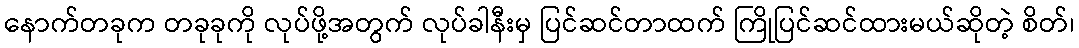
နောက်တခုက တခုခုကို လုပ်ဖို့အတွက် လုပ်ခါနီးမှ ပြင်ဆင်တာထက် ကြိုပြင်ဆင်ထားမယ်ဆိုတဲ့ စိတ်၊